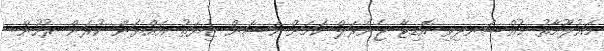
މައުލޫމާތު މުއްސަނދިވި އޮޑިޓާ ޖެނެރަލް ކަމަށް ހަސަން ޒިޔަތު އައްޔަން ކުރަން ރުހުން